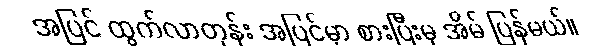
အပြင် ထွက်လာတုန်း အပြင်မှာ စားပြီးမှ အိမ် ပြန်မယ်။